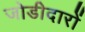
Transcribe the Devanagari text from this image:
जोडीदारों